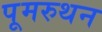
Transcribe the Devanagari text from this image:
पूमरुथन